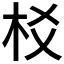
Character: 𣏠